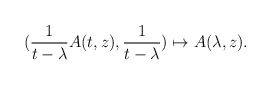
\begin{align*}(\frac{1}{t-\lambda}A(t,z), \frac{1}{t-\lambda})\mapsto A(\lambda,z).\end{align*}